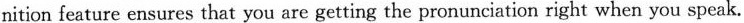
nition feature ensures that you are getting the pronunciation right when you speak.